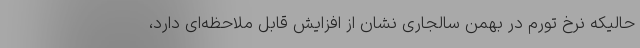
حالیکه نرخ تورم در بهمن سالجاری نشان از افزایش قابل ملاحظه‌ای دارد،